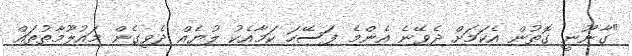
"ގާނޫނީ ގޮތުން އެކަމަށް ދެވޭނެ އެންމެ ފަސޭހަ ކަމާއެކު ލުޔެއް ދެވިގެން މައުލޫމާތުތައް